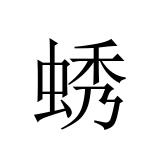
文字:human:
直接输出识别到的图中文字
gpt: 蜏